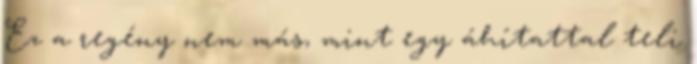
Ez a regény nem más, mint egy áhítattal teli